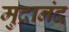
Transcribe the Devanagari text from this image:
मुद्रानंद